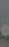
.